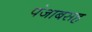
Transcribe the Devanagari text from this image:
पंजाबसह